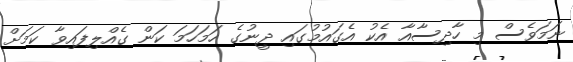
ނަމަވެސް މި ހާދިސާއާ އެކު އެގައުމުގައި ދީނުގެ ހަމަހަމަ ކަން ގެއްލިފައިވާ ކަމަށް